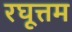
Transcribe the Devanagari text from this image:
रघूत्तम